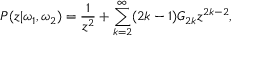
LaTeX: { \cal P } ( z | \omega _ { 1 } , \omega _ { 2 } ) = \frac { 1 } { z ^ { 2 } } + \sum _ { k = 2 } ^ { \infty } ( 2 k - 1 ) G _ { 2 k } z ^ { 2 k - 2 } ,